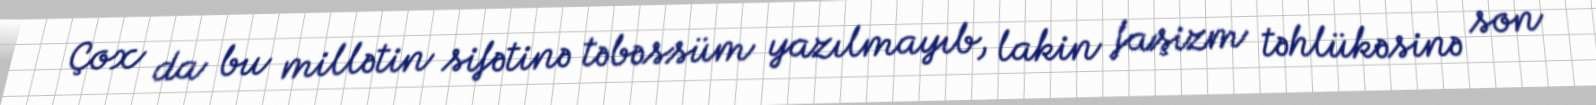
Çox da bu millətin sifətinə təbəssüm yazılmayıb, lakin faşizm təhlükəsinə son